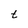
Character: t